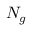
{ \cal N } _ { g }